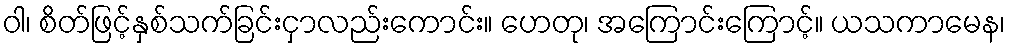
ဝါ၊ စိတ်ဖြင့်နှစ်သက်ခြင်းငှာလည်းကောင်း။ ဟေတု၊ အကြောင်းကြောင့်။ ယသကာမေန၊